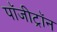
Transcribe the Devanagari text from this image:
पॉजीट्रॉन